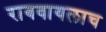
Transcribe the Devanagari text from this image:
राबवायलाच